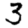
Digit: 3